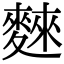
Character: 麳